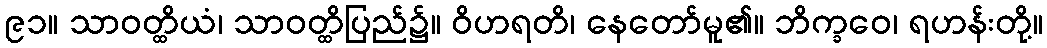
၉၁။ သာဝတ္ထိယံ၊ သာဝတ္ထိပြည်၌။ ဝိဟရတိ၊ နေတော်မူ၏။ ဘိက္ခဝေ၊ ရဟန်းတို့။